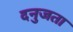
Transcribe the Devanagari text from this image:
दनुजता